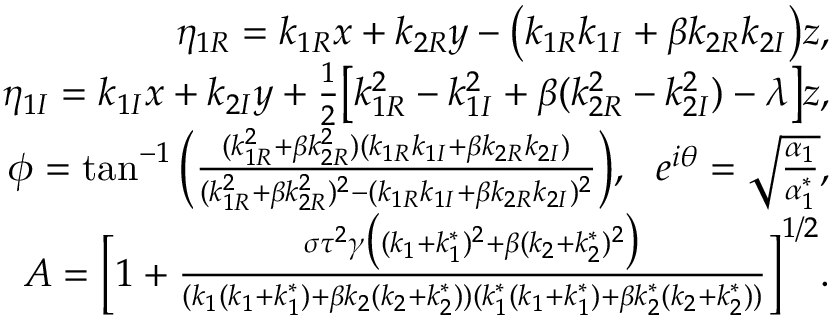
\begin{array} { r l r } & { } & { \eta _ { 1 R } = k _ { 1 R } x + k _ { 2 R } y - \big ( k _ { 1 R } k _ { 1 I } + \beta k _ { 2 R } k _ { 2 I } \big ) z , } \\ & { } & { \eta _ { 1 I } = k _ { 1 I } x + k _ { 2 I } y + \frac { 1 } { 2 } \big [ k _ { 1 R } ^ { 2 } - k _ { 1 I } ^ { 2 } + \beta ( k _ { 2 R } ^ { 2 } - k _ { 2 I } ^ { 2 } ) - \lambda \big ] z , } \\ & { } & { \phi = \tan ^ { - 1 } \bigg ( \frac { ( k _ { 1 R } ^ { 2 } + \beta k _ { 2 R } ^ { 2 } ) ( k _ { 1 R } k _ { 1 I } + \beta k _ { 2 R } k _ { 2 I } ) } { ( k _ { 1 R } ^ { 2 } + \beta k _ { 2 R } ^ { 2 } ) ^ { 2 } - ( k _ { 1 R } k _ { 1 I } + \beta k _ { 2 R } k _ { 2 I } ) ^ { 2 } } \bigg ) , ~ ~ e ^ { i \theta } = \sqrt { \frac { \alpha _ { 1 } } { \alpha _ { 1 } ^ { * } } } , } \\ & { } & { A = \bigg [ 1 + \frac { \sigma \tau ^ { 2 } \gamma \big ( ( k _ { 1 } + k _ { 1 } ^ { * } ) ^ { 2 } + \beta ( k _ { 2 } + k _ { 2 } ^ { * } ) ^ { 2 } \big ) } { ( k _ { 1 } ( k _ { 1 } + k _ { 1 } ^ { * } ) + \beta k _ { 2 } ( k _ { 2 } + k _ { 2 } ^ { * } ) ) ( k _ { 1 } ^ { * } ( k _ { 1 } + k _ { 1 } ^ { * } ) + \beta k _ { 2 } ^ { * } ( k _ { 2 } + k _ { 2 } ^ { * } ) ) } \bigg ] ^ { 1 / 2 } . } \end{array}